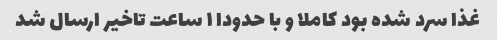
غذا سرد شده بود کاملا و با حدودا ۱ ساعت تاخیر ارسال شد